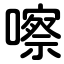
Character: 嚓